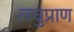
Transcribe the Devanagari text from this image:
लघुप्राण